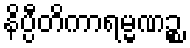
နိပ္ပီတိကာရမ္မဏဉ္စ